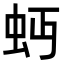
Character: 𧉄